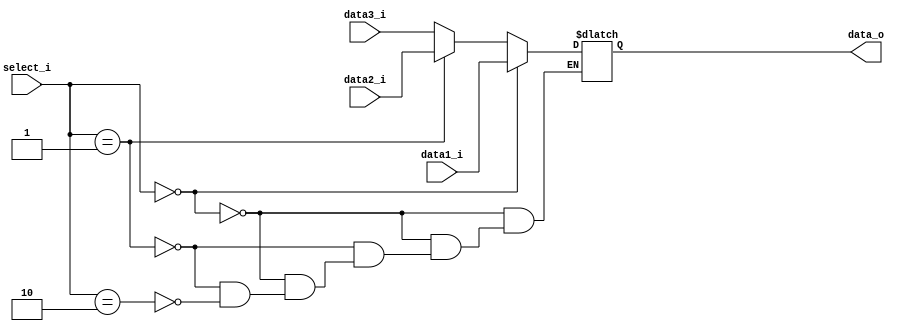
module MUX32_3to1
(
    data1_i,
    data2_i,
    data3_i,
    select_i,
    data_o
);

input     [31:0]     data1_i,data2_i,data3_i;
input     [1:0]      select_i;
output    [31:0]     data_o;

reg       [31:0]     data_out;


always@(*)
begin
  if(select_i == 2'b00)
      data_out = data1_i;
  else if(select_i == 2'b01)
      data_out = data2_i;
  else if(select_i == 2'b10)
      data_out = data3_i;
end

assign data_o = data_out;

endmodule